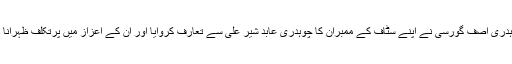
چوہدری آصف گورسی نے اپنے سٹاف کے ممبران کا چوہدری عابد شیر علی سے تعارف کروایا اور ان کے اعزاز میں پرتکلف ظہرانا دیا۔